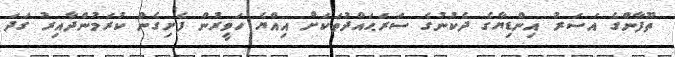
ތޫފާންގެ އަސަރު އިންޑިޔާގެ ދެކުނުގެ ސަރަޙައްދުތަކަށް އިއްޔެ ހަވީރުން ފެށިގެން ކުރަމުންދާއިރު ގަދަ